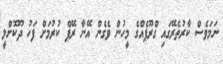
ނަމަވެސް ކާރުތެރޭގައި ގްރޫޕެއްގެ މީހުން ވެގެން އޭނާ ރޭޕް ކުރުމަށް ފަހު ދޫކޮށްލީ